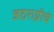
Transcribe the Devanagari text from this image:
जठराग्नीचे